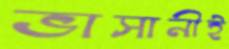
ভাসানীই